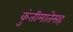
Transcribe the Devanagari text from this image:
कुंतीमातेसह